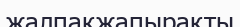
жалпақжапырақты